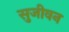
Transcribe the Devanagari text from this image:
सुजीवन